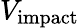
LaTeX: V_{\mathrm{{impact}}}